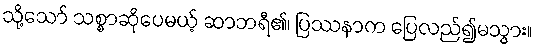
သို့သော် သစ္စာဆိုပေမယ့် ဆာဘရီ၏၊ ပြဿနာက ပြေလည်၍မသွား။